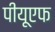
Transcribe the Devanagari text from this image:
पीयूएफ